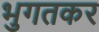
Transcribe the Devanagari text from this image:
भुगतकर